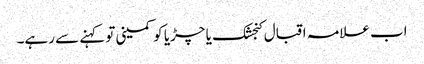
اب علامہ اقبال کنجشک یا چڑیا کو کمینی تو کہنے سے رہے۔